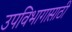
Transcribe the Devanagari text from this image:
उपविभागासाठी